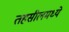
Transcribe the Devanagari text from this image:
तहसीलमध्ये